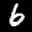
Label: 6